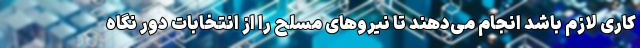
کاری لازم باشد انجام می‌دهند تا نیروهای مسلح را از انتخابات دور نگاه